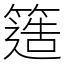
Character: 簉